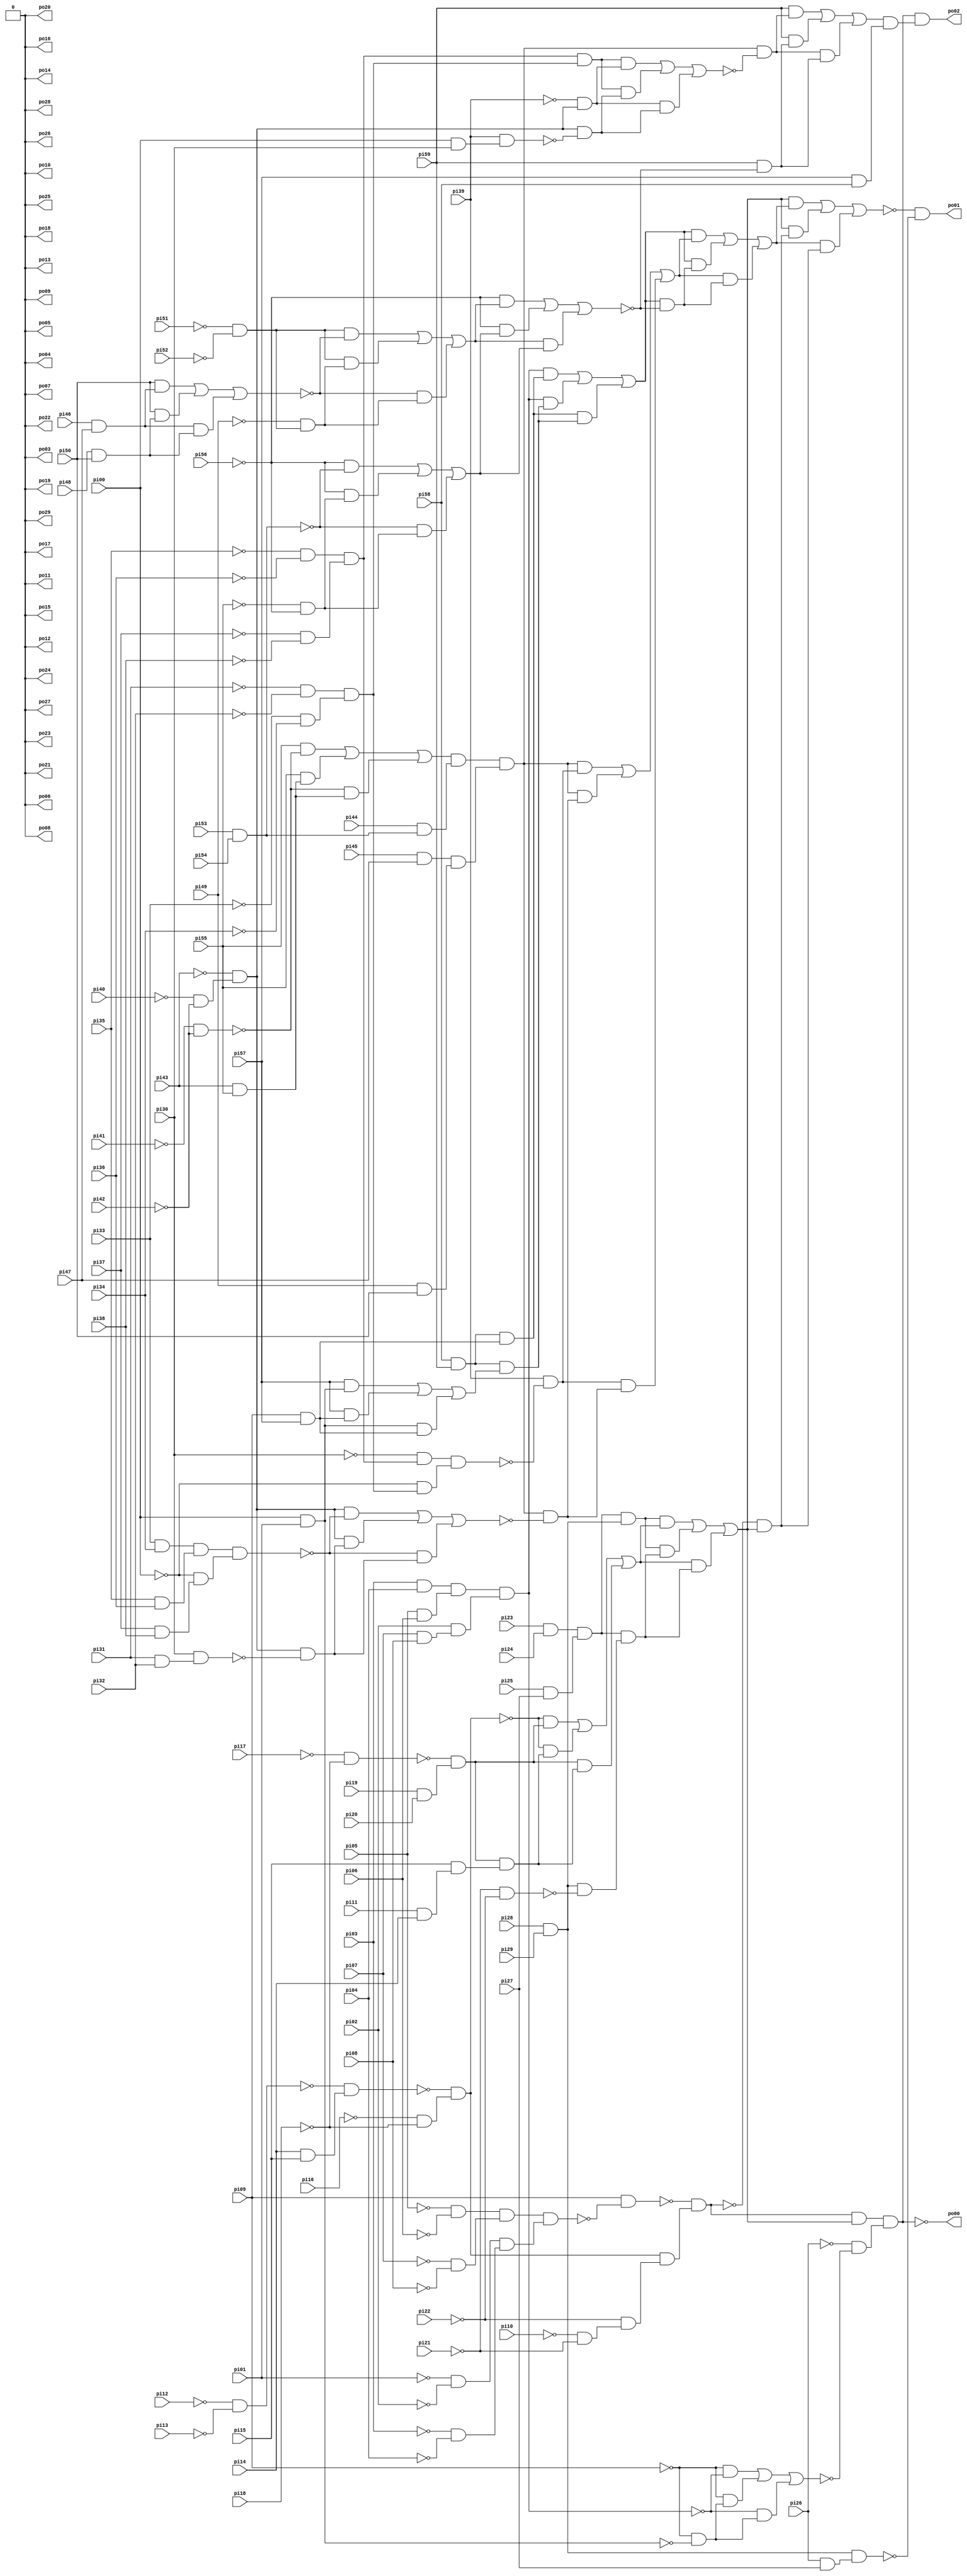
module router_best_speed (
        pi00, pi01, pi02, pi03, pi04, pi05, pi06, pi07, pi08, pi09, pi10, pi11, pi12, pi13, pi14, pi15, pi16, pi17, pi18, pi19, pi20, pi21, pi22, pi23, pi24, pi25, pi26, pi27, pi28, pi29, pi30, pi31, pi32, pi33, pi34, pi35, pi36, pi37, pi38, pi39, pi40, pi41, pi42, pi43, pi44, pi45, pi46, pi47, pi48, pi49, pi50, pi51, pi52, pi53, pi54, pi55, pi56, pi57, pi58, pi59, 
        po00, po01, po02, po03, po04, po05, po06, po07, po08, po09, po10, po11, po12, po13, po14, po15, po16, po17, po18, po19, po20, po21, po22, po23, po24, po25, po26, po27, po28, po29);
input pi00, pi01, pi02, pi03, pi04, pi05, pi06, pi07, pi08, pi09, pi10, pi11, pi12, pi13, pi14, pi15, pi16, pi17, pi18, pi19, pi20, pi21, pi22, pi23, pi24, pi25, pi26, pi27, pi28, pi29, pi30, pi31, pi32, pi33, pi34, pi35, pi36, pi37, pi38, pi39, pi40, pi41, pi42, pi43, pi44, pi45, pi46, pi47, pi48, pi49, pi50, pi51, pi52, pi53, pi54, pi55, pi56, pi57, pi58, pi59;
output po00, po01, po02, po03, po04, po05, po06, po07, po08, po09, po10, po11, po12, po13, po14, po15, po16, po17, po18, po19, po20, po21, po22, po23, po24, po25, po26, po27, po28, po29;
wire one, w0, w1, w2, w3, w4, w5, w6, w7, w8, w9, w10, w11, w12, w13, w14, w15, w16, w17, w18, w19, w20, w21, w22, w23, w24, w25, w26, w27, w28, w29, w30, w31, w32, w33, w34, w35, w36, w37, w38, w39, w40, w41, w42, w43, w44, w45, w46, w47, w48, w49, w50, w51, w52, w53, w54, w55, w56, w57, w58, w59, w60, w61, w62, w63, w64, w65, w66, w67, w68, w69, w70, w71, w72, w73, w74, w75, w76, w77, w78, w79, w80, w81, w82, w83, w84, w85, w86, w87, w88, w89, w90, w91, w92, w93, w94, w95, w96, w97, w98, w99, w100, w101, w102, w103, w104, w105, w106, w107, w108, w109, w110, w111, w112;
assign w0 = ~pi05 & ~pi06;
assign w1 = ~pi07 & ~pi08;
assign w2 = w0 & w1;
assign w3 = ~pi01 & ~pi02;
assign w4 = ~pi03 & ~pi04;
assign w5 = w3 & w4;
assign w6 = w2 & w5;
assign w7 = pi09 & ~w6;
assign w8 = ~pi12 & ~pi13;
assign w9 = pi14 & pi15;
assign w10 = ~w8 & w9;
assign w11 = ~pi16 & ~pi18;
assign w12 = ~w10 & w11;
assign w13 = ~pi10 & ~pi21;
assign w14 = ~pi22 & w13;
assign w15 = w12 & w14;
assign w16 = ~w7 & w15;
assign w17 = pi23 & pi24;
assign w18 = pi25 & pi27;
assign w19 = w17 & w18;
assign w20 = pi28 & pi29;
assign w21 = w19 & w20;
assign w22 = ~pi17 & ~pi18;
assign w23 = pi19 & pi20;
assign w24 = ~w22 & w23;
assign w25 = pi11 & pi14;
assign w26 = pi15 & w25;
assign w27 = w24 & w26;
assign w28 = (~w12 & w24) | (~w12 & w27) | (w24 & w27);
assign w29 = ~pi21 & ~pi22;
assign w30 = w20 & ~w29;
assign w31 = w19 & w30;
assign w32 = (w21 & w28) | (w21 & w31) | (w28 & w31);
assign w33 = w16 & w32;
assign w34 = pi03 & pi04;
assign w35 = pi05 & pi06;
assign w36 = w34 & w35;
assign w37 = pi07 & pi08;
assign w38 = pi02 & w37;
assign w39 = w36 & w38;
assign w40 = pi00 & pi01;
assign w41 = ~pi09 & ~w40;
assign w42 = (~pi09 & ~w39) | (~pi09 & w41) | (~w39 & w41);
assign w43 = ~pi26 & ~w42;
assign w44 = w33 & w43;
assign w45 = pi58 & pi59;
assign w46 = pi09 & pi57;
assign w47 = w45 & w46;
assign w48 = (pi57 & w40) | (pi57 & w46) | (w40 & w46);
assign w49 = w45 & w48;
assign w50 = (w39 & w47) | (w39 & w49) | (w47 & w49);
assign w51 = ~pi41 & ~pi42;
assign w52 = pi43 & pi55;
assign w53 = (pi55 & ~w51) | (pi55 & w52) | (~w51 & w52);
assign w54 = pi53 & pi54;
assign w55 = pi44 & w54;
assign w56 = w53 & w55;
assign w57 = pi45 & pi47;
assign w58 = pi49 & pi50;
assign w59 = w57 & w58;
assign w60 = w56 & w59;
assign w61 = ~pi35 & ~pi36;
assign w62 = ~pi37 & ~pi38;
assign w63 = w61 & w62;
assign w64 = ~pi30 & w63;
assign w65 = ~pi31 & ~pi32;
assign w66 = ~pi33 & ~pi34;
assign w67 = w65 & w66;
assign w68 = ~pi00 & w67;
assign w69 = w64 & w68;
assign w70 = pi39 & ~w69;
assign w71 = ~pi40 & ~pi42;
assign w72 = ~pi43 & w71;
assign w73 = pi33 & pi34;
assign w74 = pi35 & pi36;
assign w75 = w73 & w74;
assign w76 = pi37 & pi38;
assign w77 = ~pi00 & w76;
assign w78 = w75 & w77;
assign w79 = pi31 & pi32;
assign w80 = pi30 & w79;
assign w81 = w72 & ~w80;
assign w82 = (w72 & ~w78) | (w72 & w81) | (~w78 & w81);
assign w83 = w60 & ~w82;
assign w84 = (w60 & w70) | (w60 & w83) | (w70 & w83);
assign w85 = ~pi51 & ~pi52;
assign w86 = pi46 & pi47;
assign w87 = pi48 & pi50;
assign w88 = (pi50 & w86) | (pi50 & w87) | (w86 & w87);
assign w89 = ~pi49 & w85;
assign w90 = (w85 & ~w88) | (w85 & w89) | (~w88 & w89);
assign w91 = ~pi55 & ~pi56;
assign w92 = (~pi56 & ~w54) | (~pi56 & w91) | (~w54 & w91);
assign w93 = (~pi56 & w90) | (~pi56 & w92) | (w90 & w92);
assign w94 = w50 & ~w93;
assign w95 = (w50 & w84) | (w50 & w94) | (w84 & w94);
assign w96 = ~w16 & w32;
assign w97 = (w32 & w95) | (w32 & w96) | (w95 & w96);
assign w98 = pi26 & pi27;
assign w99 = w20 & w98;
assign w100 = ~w97 & ~w99;
assign w101 = w63 & w67;
assign w102 = ~pi39 & w72;
assign w103 = pi00 & pi30;
assign w104 = pi39 & w103;
assign w105 = w72 & ~w104;
assign w106 = (w101 & w102) | (w101 & w105) | (w102 & w105);
assign w107 = w60 & ~w106;
assign w108 = pi59 & ~w93;
assign w109 = (pi59 & w107) | (pi59 & w108) | (w107 & w108);
assign w110 = pi57 & pi58;
assign w111 = w109 & w110;
assign w112 = w44 & w111;
assign one = 1;
assign po00 = ~w44;
assign po01 = w100;
assign po02 = w112;
assign po03 = ~one;
assign po04 = ~one;
assign po05 = ~one;
assign po06 = ~one;
assign po07 = ~one;
assign po08 = ~one;
assign po09 = ~one;
assign po10 = ~one;
assign po11 = ~one;
assign po12 = ~one;
assign po13 = ~one;
assign po14 = ~one;
assign po15 = ~one;
assign po16 = ~one;
assign po17 = ~one;
assign po18 = ~one;
assign po19 = ~one;
assign po20 = ~one;
assign po21 = ~one;
assign po22 = ~one;
assign po23 = ~one;
assign po24 = ~one;
assign po25 = ~one;
assign po26 = ~one;
assign po27 = ~one;
assign po28 = ~one;
assign po29 = ~one;
endmodule